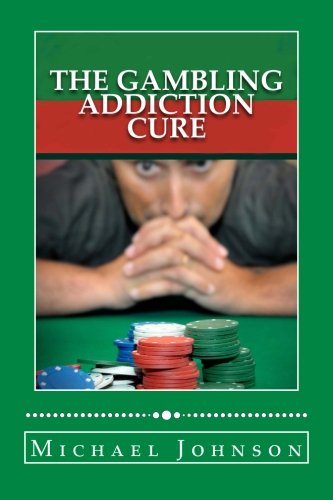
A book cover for The Gambling Addiction Cure: How to Overcome Addiction and Problem Gambling for Life (Compulsive Gambling, Gamblers, Casino Games, Sports Betting, Poker, Black Jack, Craps, Slots, Roulette); Michael Johnson; Health, Fitness & Dieting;